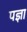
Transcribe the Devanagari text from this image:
पज्ञा